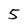
Character: 5